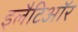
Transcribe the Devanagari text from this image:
इलैटिऑर